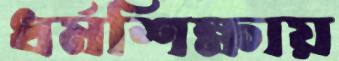
ধর্মশিক্ষায়